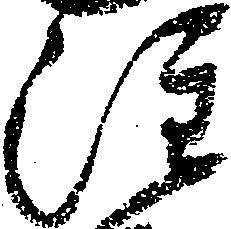
注